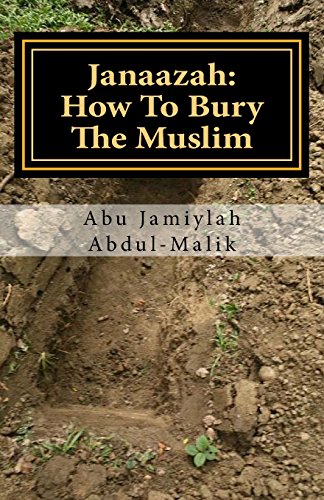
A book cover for Janaazah: How To Bury The Muslim; Abu Jamiylah Abdul-Malik; Religion & Spirituality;